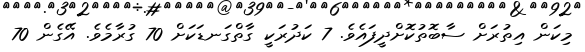
މިކަން އިތުރަށް ސާބޮތުކޮށްދީފައެވެ. 7 ކަދުރަކީ ގާތްގަނޑަކަށް 70 ގުރާމެވެ. އޭގެން 70